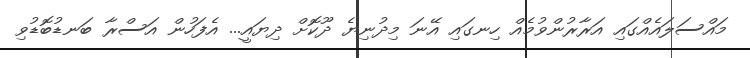
މައްސަލައެއްގައި އަރާރުންވުމެއް ހިނގައި އޭނަ މިދުނިޔެ ދޫކޮށް ދިޔައީ... އެފަހުން އަސްރާ ބަނޑުބޮޑުވި